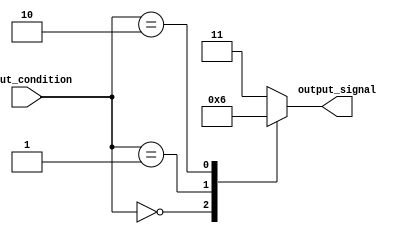
module behavioral_modeling (
    input wire [3:0] input_condition,
    output reg [1:0] output_signal
);

always @(*) begin
    casez (input_condition)
        4'b0000: output_signal = 2'b00; // if input is 0000, output is 00
        4'b0001: output_signal = 2'b01; // if input is 0001, output is 01
        4'b0010: output_signal = 2'b10; // if input is 0010, output is 10
        default: output_signal = 2'b11; // default output for unmatched conditions
    endcase
end

endmodule